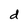
Character: d